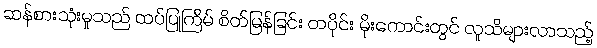
ဆန်စားသုံးမှုသည် ထပ်ပြုကြိမ် စိတ်မြန်ခြင်း တပိုင်း မိုးကောင်းတွင် လူသိများလာသည့်